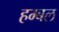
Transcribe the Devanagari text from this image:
हम्बल